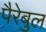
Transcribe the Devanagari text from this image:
पैरेबुल